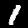
Label: 1